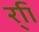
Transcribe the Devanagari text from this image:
र्‍ाि